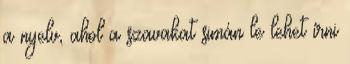
a nyelv, ahol a szavakat simán le lehet írni